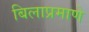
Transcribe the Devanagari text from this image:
बिलाप्रमाणे